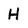
Character: H